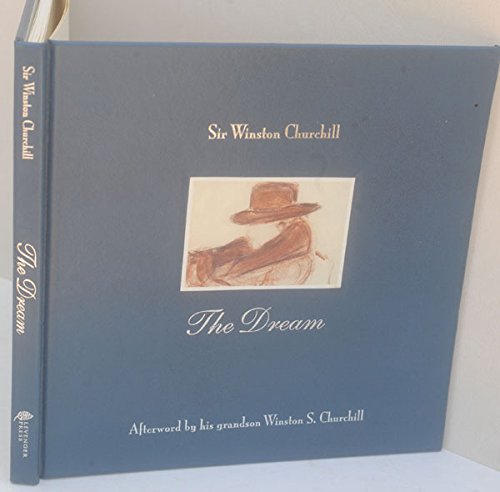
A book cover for The Dream; Sir Winston Churchill; Reference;